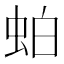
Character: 𬠀